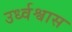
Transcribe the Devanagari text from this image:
उर्ध्वश्वास